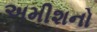
અમીશનો